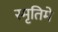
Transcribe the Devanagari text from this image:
स्मृतिमे